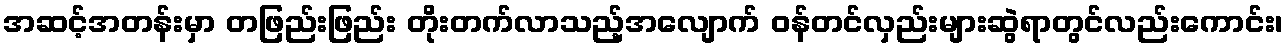
အဆင့်အတန်းမှာ တဖြည်းဖြည်း တိုးတက်လာသည့်အလျောက် ဝန်တင်လှည်းများဆွဲရာတွင်လည်းကောင်း၊